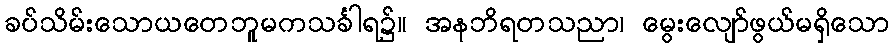
ခပ်သိမ်းသောယတေဘူမကသင်္ခါရ၌။ အနဘိရတသညာ၊ မွေးလျော်ဖွယ်မရှိသော